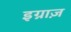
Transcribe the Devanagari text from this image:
इग्नाज़